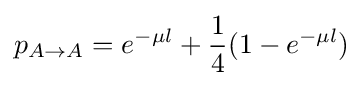
p_{A\rightarrow A}=e^{-\mu l}+{\frac {1}{4}}(1-e^{-\mu l})